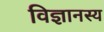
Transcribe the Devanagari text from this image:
विज्ञानस्य